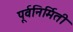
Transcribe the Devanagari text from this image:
पूर्वनिर्मिती